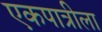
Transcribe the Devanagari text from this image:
एकपात्रीला